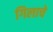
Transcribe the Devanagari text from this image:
गिलाचे